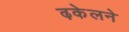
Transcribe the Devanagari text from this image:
ढ़केलने